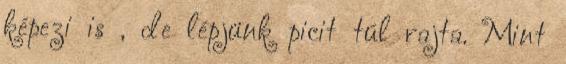
képezi is , de lépjünk picit túl rajta. Mint